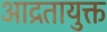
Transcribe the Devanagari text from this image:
आद्रतायुक्त